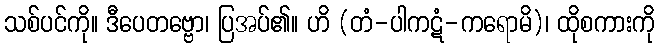
သစ်ပင်ကို။ ဒီပေတဗ္ဗော၊ ပြအပ်၏။ ဟိ (တံ-ပါကဋံ-ကရောမိ)၊ ထိုစကားကို